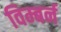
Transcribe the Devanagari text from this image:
विम्बर्न